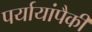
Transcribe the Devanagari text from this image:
पर्यायांपैकी